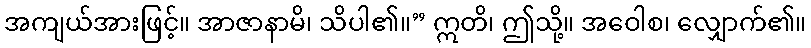
အကျယ်အားဖြင့်။ အာဇာနာမိ၊ သိပါ၏။” ဣတိ၊ ဤသို့။ အဝေါစ၊ လျှောက်၏။